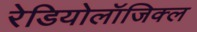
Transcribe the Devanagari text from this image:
रेडियोलॉजिक्ल